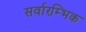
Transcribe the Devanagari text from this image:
सर्वारम्भिक